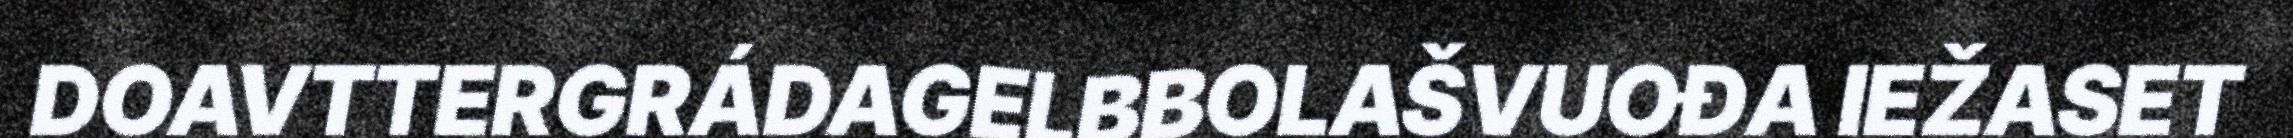
DOAVTTERGRÁDAGELBBOLAŠVUOĐA IEŽASET